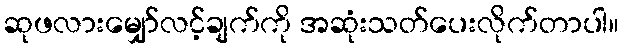
ဆုဖလားမျှော်လင့်ချက်ကို အဆုံးသတ်ပေးလိုက်တာပါ။